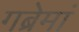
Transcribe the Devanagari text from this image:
गब्रेमां